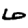
Digit: 6